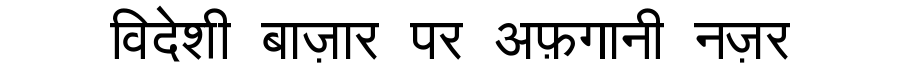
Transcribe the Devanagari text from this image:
विदेशी बाज़ार पर अफ़गानी नज़र